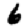
Digit: 6